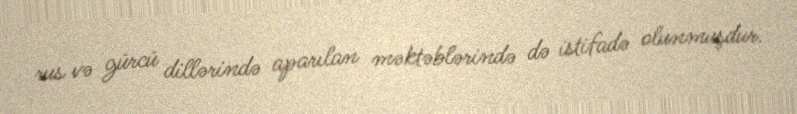
rus və gürcü dillərində aparılan məktəblərində də istifadə olunmuşdur.